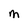
Character: M